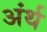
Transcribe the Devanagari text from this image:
अंर्थ